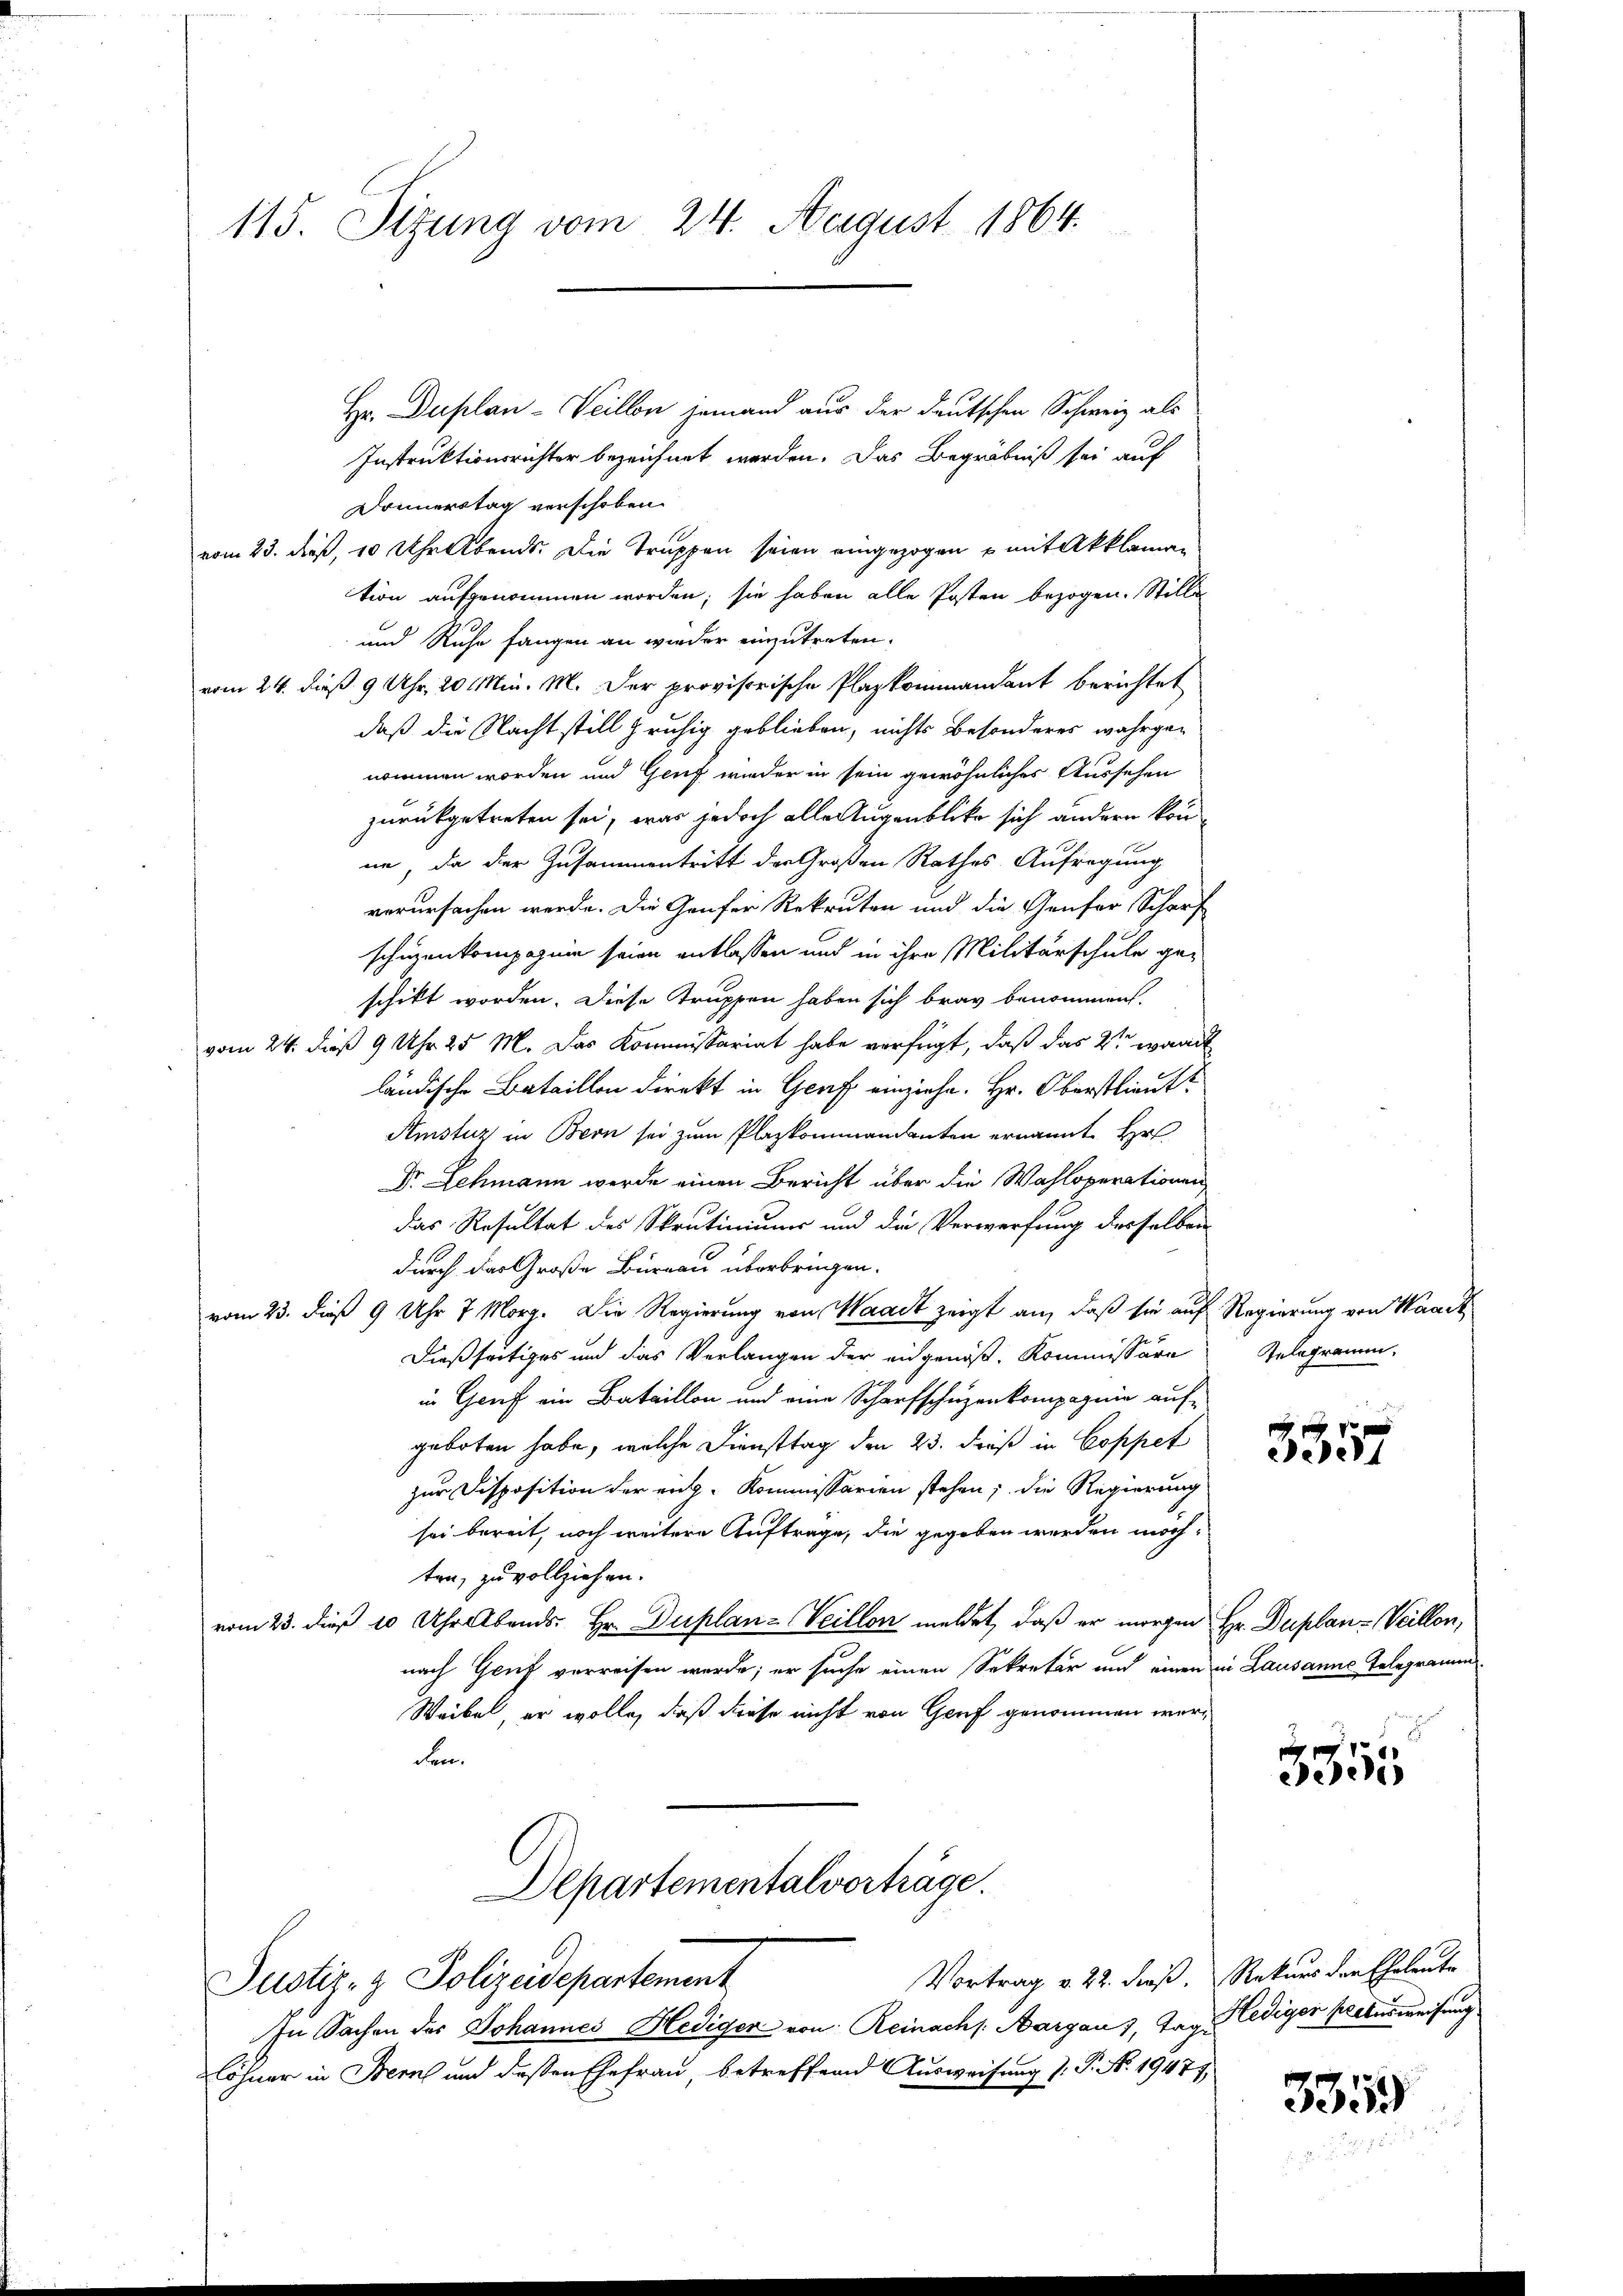
115. Sitzung vom 24. August 1864.

Hr. Duplan -Veillon jemand aus der deutschen Schweiz als
Instruktionsrichter bezeichnet werden. Das Begräbniß sei auf
Donnerstag verschoben.
vom 23. dieß, 10 Uhr Abends. Die Truppen seien eingezogen u mit Akklamation aufgenommen worden; sie haben alle Posten bezogen. Stille
und Ruhe fangen an wieder einzutreten.
vom 24. dieß 9 Uhr, 20 Min. M. Der provisorische Plazkommandant berichtet
daß die Nacht still pruhig geblieben, nichts besonderes wahrge-
nommen worden und Genf wieder in sein gewöhnliches Aussehen
zurückgetreten sei, was jedoch alle Augenblicke sich andern kon-
in, da der Zusammentritt der Großen Rathes Aufregung
verursachen werde. Die Genfer Rekruten und die Genfer Scharf
schienkompagnie seien entlassen und in ihre Militärschule geschikt worden. Diese Truppen haben sich brav benommen.
vom 24. dieß 9 Uhr 25 M. Das Kommissariat habe verfügt, daß das 2te ward
ländische Bataillen direkt in Genf einziehe. Hr. Oberstlieut
Amistiz in Bern sei zum Plazkommandenten ernannt Hr
Dr. Schmann werde einen Bericht über die Wahloperationen
das Resultat des Skrutiniums und die Verwerfung derselben
durch das Große Bureau überbringen.
vom 23. dieß 9 Uhr 7 Morg. Die Regierung von Waadt zeigt an, daß sie auf Regierung von Waack
Dießseitiges und das Verlangen der eingenoß, Kommissäre
in Graf ein Bataillon und eine Scharfschuzenkompagnie aufgeboten habe, welche Diensttag den 23. dieß in Coppet
zur Disposition der eng- Kommissarien stehen; die Regierung
sei bereit, noch weitere Auftrage, die gegeben werden möchten, zu vollziehen.
vom 23. dieß 10 Uhr Abends, Hr. Duplan- Veillon meldet, daß er morgen Hr. Duplan- Veillon,
nach Gruf verreisen werde; er suche einen Sekretär und einen in Lausanne Telegramm¬
Weibe, er wolle, daß diese nicht von Genf genommen werden.
Departementalvorträge.
Vortrag v. 22. dieß. Rekurs der Eheleute
Justiz- & Polizeidepartement
In Sachen des Johannes Hediger von Reinach Aargau), Tag. Hediger pactus weisung
löhner in Bern und deßen Ehefrau, betreffend Ausweisung d. P. Nr. 19477,

Gelegramm.

5557

3355

3359